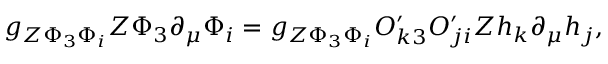
g _ { Z \Phi _ { 3 } \Phi _ { i } } Z \Phi _ { 3 } \partial _ { \mu } \Phi _ { i } = g _ { Z \Phi _ { 3 } \Phi _ { i } } O _ { k 3 } ^ { \prime } O _ { j i } ^ { \prime } Z h _ { k } \partial _ { \mu } h _ { j } ,